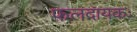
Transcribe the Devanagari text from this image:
फलदायकः